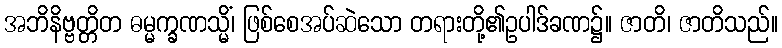
အဘိနိဗ္ဗတ္တိတ ဓမ္မက္ခဏသ္မိံ၊ ဖြစ်စေအပ်ဆဲသော တရားတို့၏ဥပါဒ်ခဏ၌။ ဇာတိ၊ ဇာတိသည်။